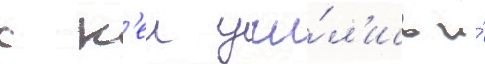
с н'еи учи́л'ись и́